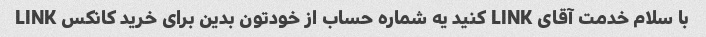
با سلام خدمت آقای LINK کنید یه شماره حساب از خودتون بدین برای خرید کانکس LINK